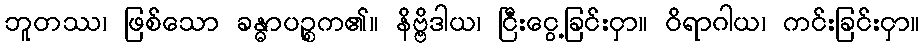
ဘူတဿ၊ ဖြစ်သော ခန္ဓာပဉ္စက၏။ နိဗ္ဗိဒါယ၊ ငြီးငွေ့ခြင်းငှာ။ ဝိရာဂါယ၊ ကင်းခြင်းငှာ။